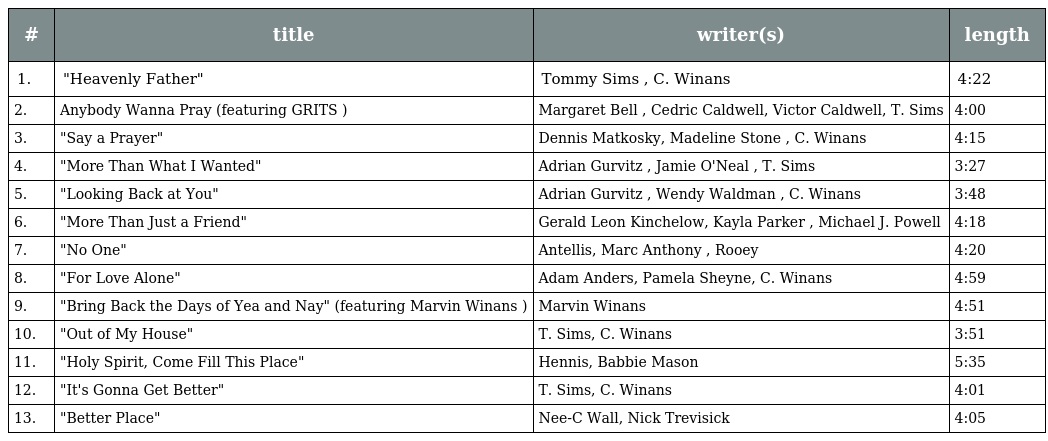
| # | title | writer(s) | length |
 | --- | --- | --- | --- |
 | 1. | "Heavenly Father" | Tommy Sims , C. Winans | 4:22 |
 | 2. | Anybody Wanna Pray (featuring GRITS ) | Margaret Bell , Cedric Caldwell, Victor Caldwell, T. Sims | 4:00 |
 | 3. | "Say a Prayer" | Dennis Matkosky, Madeline Stone , C. Winans | 4:15 |
 | 4. | "More Than What I Wanted" | Adrian Gurvitz , Jamie O'Neal , T. Sims | 3:27 |
 | 5. | "Looking Back at You" | Adrian Gurvitz , Wendy Waldman , C. Winans | 3:48 |
 | 6. | "More Than Just a Friend" | Gerald Leon Kinchelow, Kayla Parker , Michael J. Powell | 4:18 |
 | 7. | "No One" | Antellis, Marc Anthony , Rooey | 4:20 |
 | 8. | "For Love Alone" | Adam Anders, Pamela Sheyne, C. Winans | 4:59 |
 | 9. | "Bring Back the Days of Yea and Nay" (featuring Marvin Winans ) | Marvin Winans | 4:51 |
 | 10. | "Out of My House" | T. Sims, C. Winans | 3:51 |
 | 11. | "Holy Spirit, Come Fill This Place" | Hennis, Babbie Mason | 5:35 |
 | 12. | "It's Gonna Get Better" | T. Sims, C. Winans | 4:01 |
 | 13. | "Better Place" | Nee-C Wall, Nick Trevisick | 4:05 |